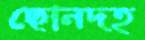
ছোনদহ